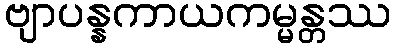
ဗျာပန္နကာယကမ္မန္တဿ